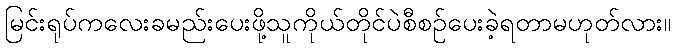
မြင်းရုပ်ကလေးခမည်းပေးဖို့သူကိုယ်တိုင်ပဲစီစဉ်ပေးခဲ့ရတာမဟုတ်လား။